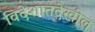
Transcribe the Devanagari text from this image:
विदेशातदेखील